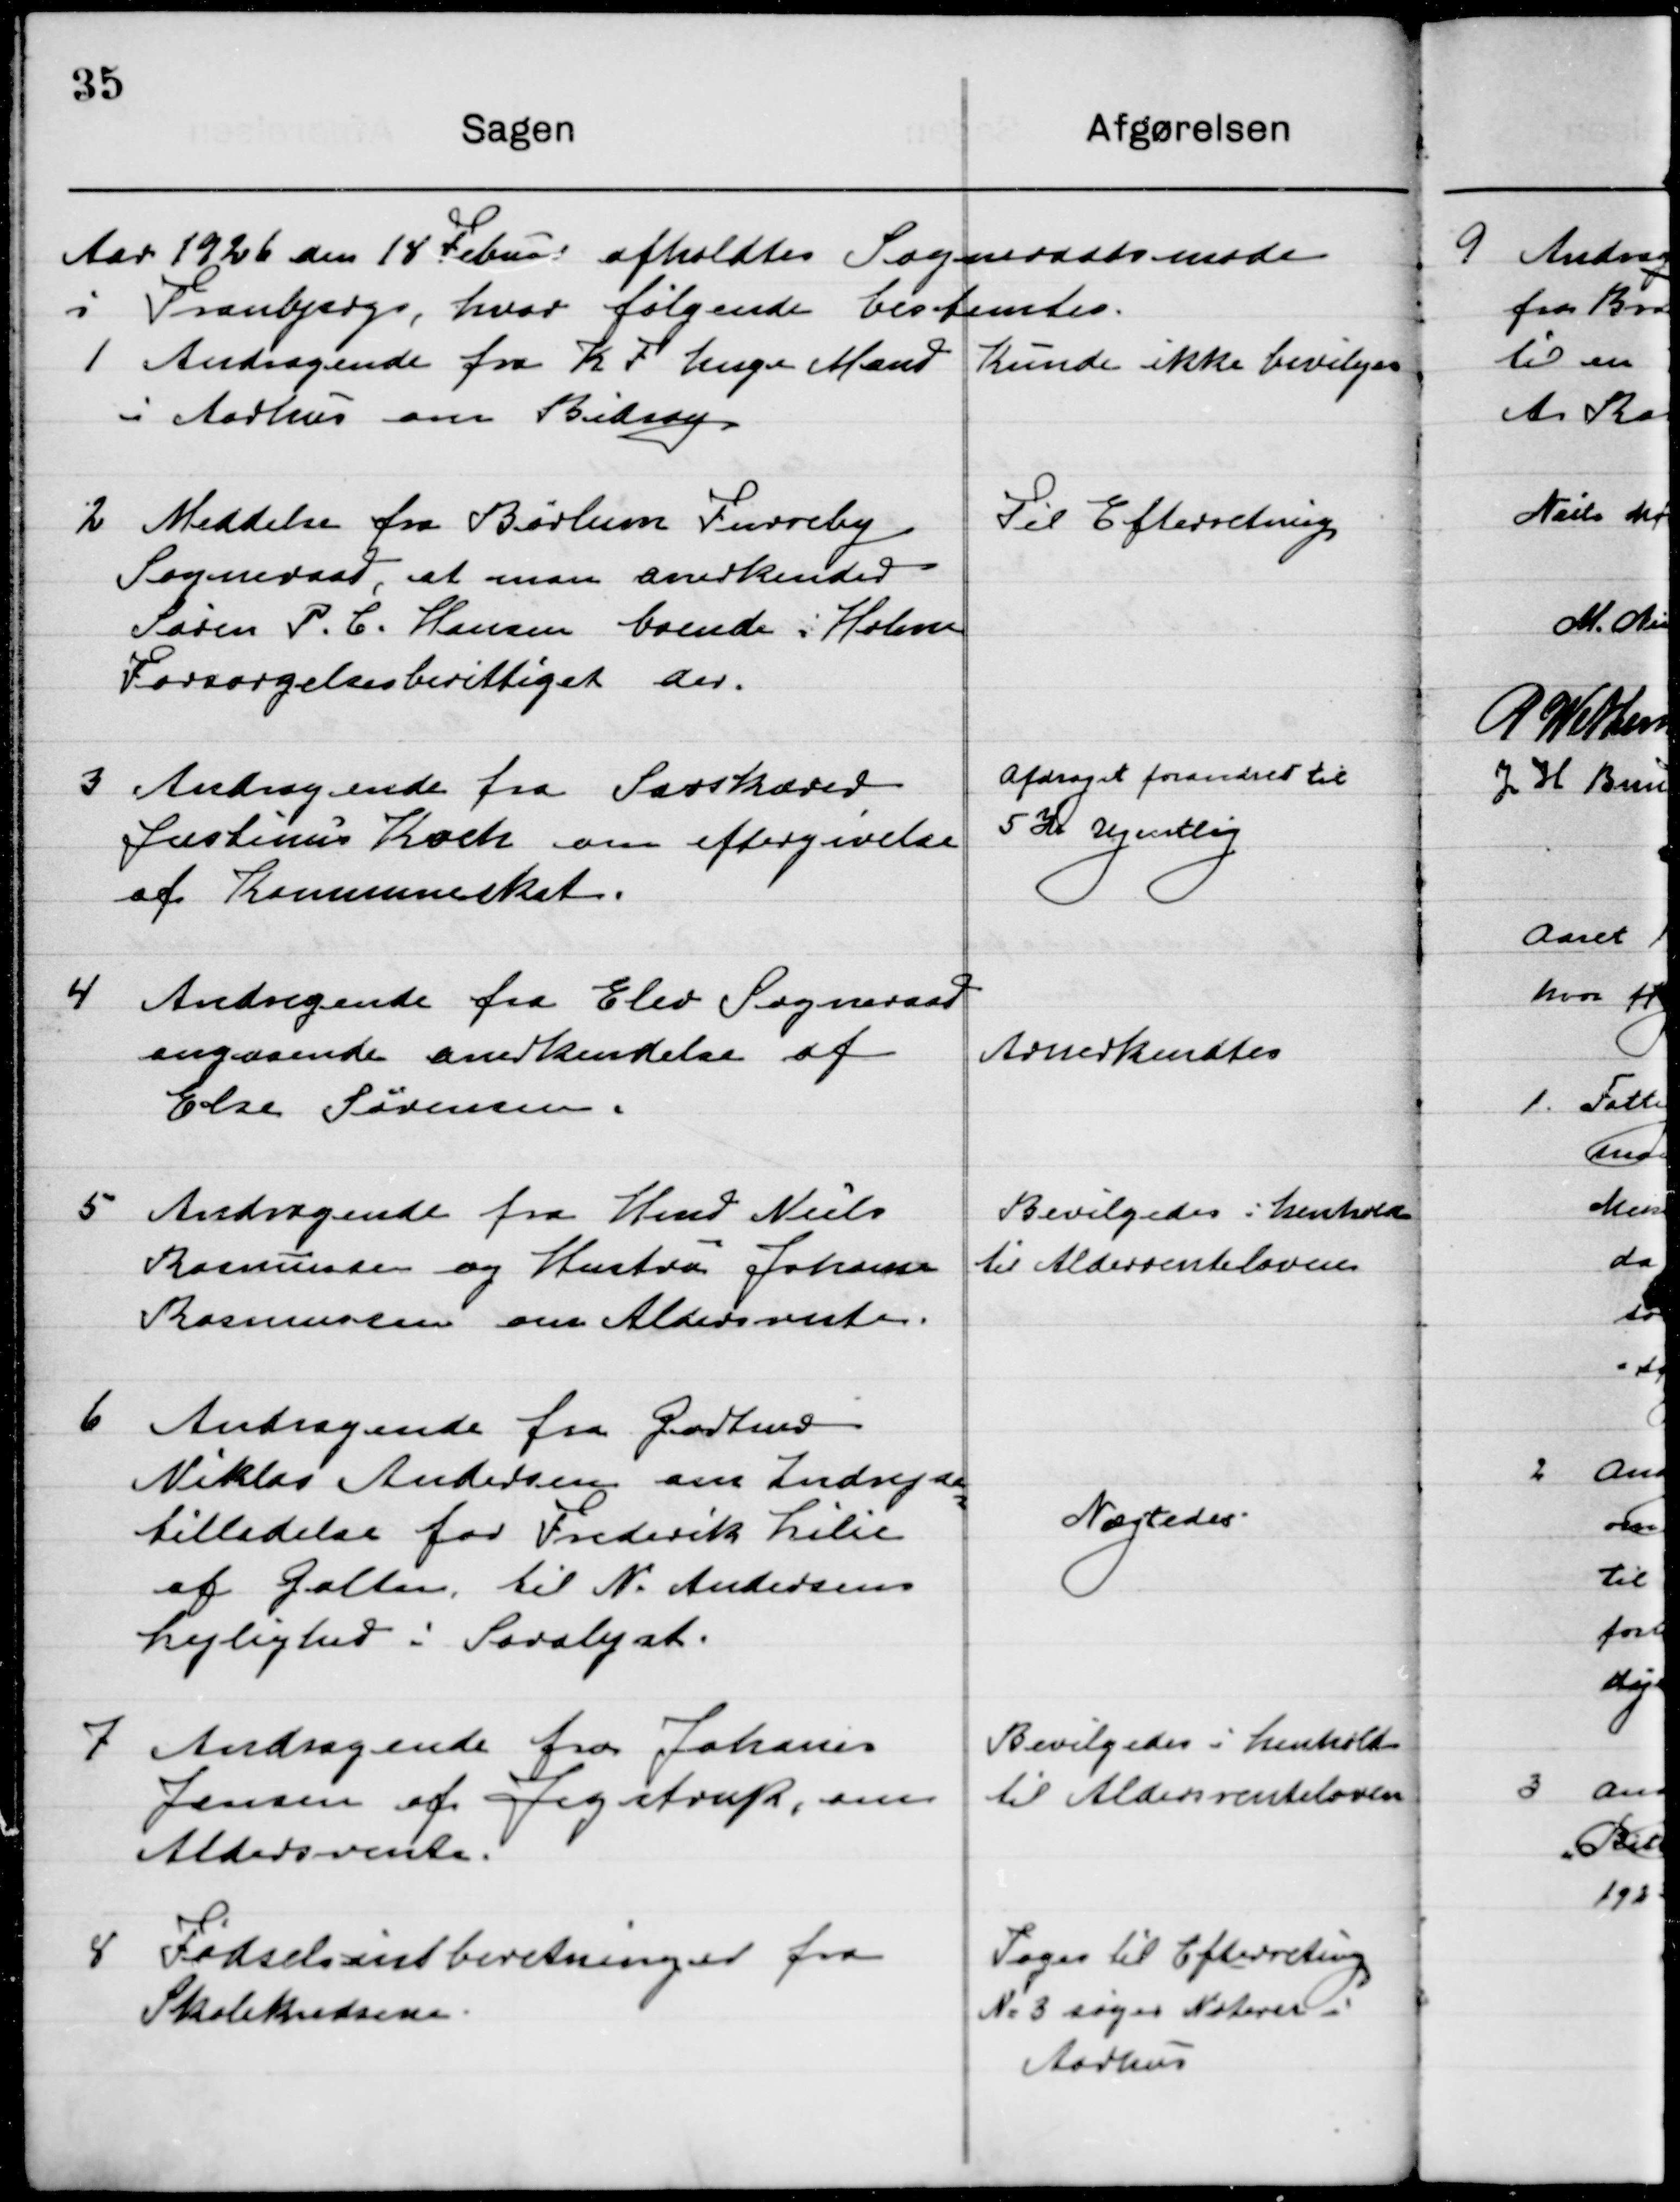
Transskription:
Aaret 1926 den 18 februar afholdtes  Sogneraadsmøde 
i Tranbjerg hvor følgende Sager bestemtes.

1

Andragende fra K. F. Inge Mand
i Aarhus om Bidrag.

Kunde ikke bevilgedes

2

Meddelelse fra Børlum Fureby 
Sogneraad  at man anerkender
Søren P. C. Hansen boende i Holme 
Forsørgelsesberettiget der.

Til Efterretning

3

Andragende fra Savskærer
Justinus Koch om eftergivelse 
af Kommuneskat.

Afdraget forandret til 
5 Kr. Ugentlig

4

Andragende fra Elev Sogneraad
Angaaende erkendelse af
Else Sørensen.

Anerkendes

5

Andragende fra Hmd. Niels
Rasmussen og Hustru Johanne
Rasmussen om aldersrente.

Bevilgedes i henholdt
til Aldersrenteloven

6

Andragende fra Gårdmand
Niklas Andersen om Indrejse-
tilladelse for Frederik Lilie
af Galten, til N. Andersen 
Lejlighed i Saralyst.

Nægtedes

7

Andragende fra Johanes
Jensen af Jegstrup, om
Aldersrente.

Bevilgedes i henholdt
til Aldersrenteloven

8

Fødselsindberetninger fra 
Skolekredsen

Sagen til Efterretning
No. 3 søges Noteret i 
Aarhus